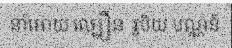
នាំអោយ ល្បឿន រូបិយ បណ្ណន៍